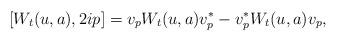
LaTeX: \begin{align*}[W_t(u,a),2ip]=v_pW_t(u,a)v_p^*-v_p^*W_t(u,a)v_p,\end{align*}